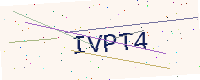
Text: IVPT4